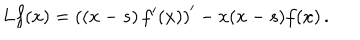
L f ( x ) = \left( \left( x - s \right) f ^ { \prime } ( x ) \right) ^ { \prime } - x ( x - s ) f ( x ) \, .